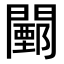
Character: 𨶵